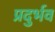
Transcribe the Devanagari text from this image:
प्रदुर्भव